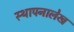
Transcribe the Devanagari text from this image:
स्थापनालेख